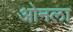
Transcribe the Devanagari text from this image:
ओनला